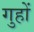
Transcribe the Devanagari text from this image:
गुहों